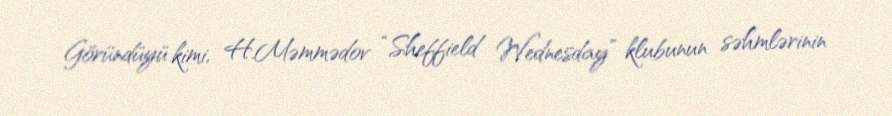
Göründüyü kimi, H.Məmmədov “Sheffield Wednesday” klubunun səhmlərinin